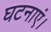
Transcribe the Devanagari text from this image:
घटनाएं।